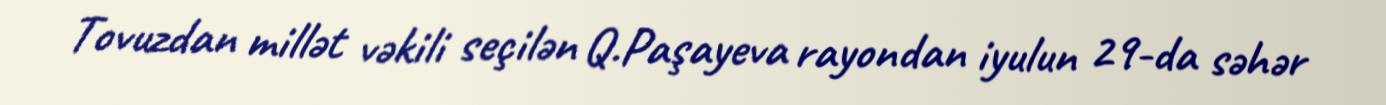
Tovuzdan millət vəkili seçilən Q.Paşayeva rayondan iyulun 29-da səhər